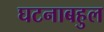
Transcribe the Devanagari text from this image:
घटनाबहुल